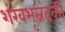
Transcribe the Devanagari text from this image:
शंखभृन्नंदकी